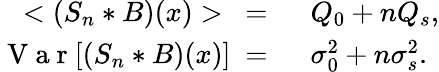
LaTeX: \begin{array}{rl}{<(S_{n}*B)(x)>\ =\ }&{{}Q_{0}+nQ_{s},}\\ {\mathrm{~V~a~r~}[(S_{n}*B)(x)]\ =\ }&{{}\sigma_{0}^{2}+n\sigma_{s}^{2}.}\end{array}